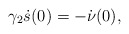
\begin{align*}\gamma_2\dot s(0) = -\dot{ \nu} (0),\end{align*}